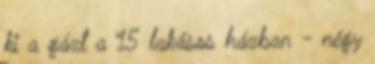
ki a gázt a 15 lakásos házban - négy